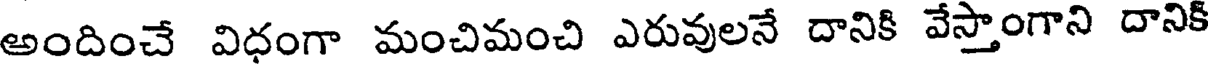
అందించే విధంగా మంచిమంచి ఎరువులనే దానికి వేస్తాంగాని దానిక